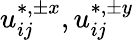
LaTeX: u_{ij}^{\ast,\pm x},u_{ij}^{\ast,\pm y}